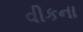
વીકના